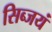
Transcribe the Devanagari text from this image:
सिब्जयं